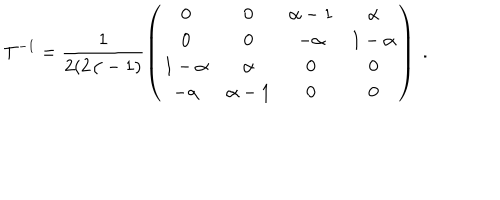
LaTeX: T ^ { - 1 } = \frac { 1 } { 2 ( 2 \alpha - 1 ) } \left( \begin{matrix} { { 0 } } & { { 0 } } & { { \alpha - 1 } } & { { \alpha } } \\ { { 0 } } & { { 0 } } & { { - \alpha } } & { { 1 - \alpha } } \\ { { 1 - \alpha } } & { { \alpha } } & { { 0 } } & { { 0 } } \\ { { - \alpha } } & { { \alpha - 1 } } & { { 0 } } & { { 0 } } \\ \end{matrix} \right) \ .